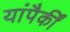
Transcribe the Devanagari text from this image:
यांपैकीं